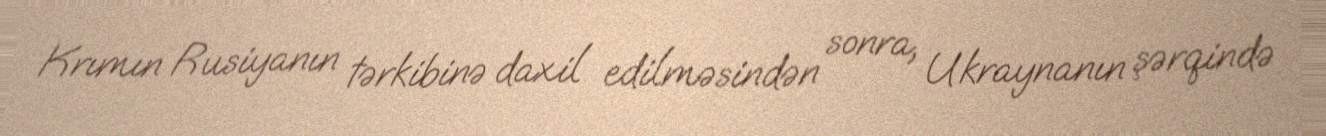
Krımın Rusiyanın tərkibinə daxil edilməsindən sonra, Ukraynanın şərqində